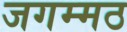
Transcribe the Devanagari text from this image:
जगम्मठ